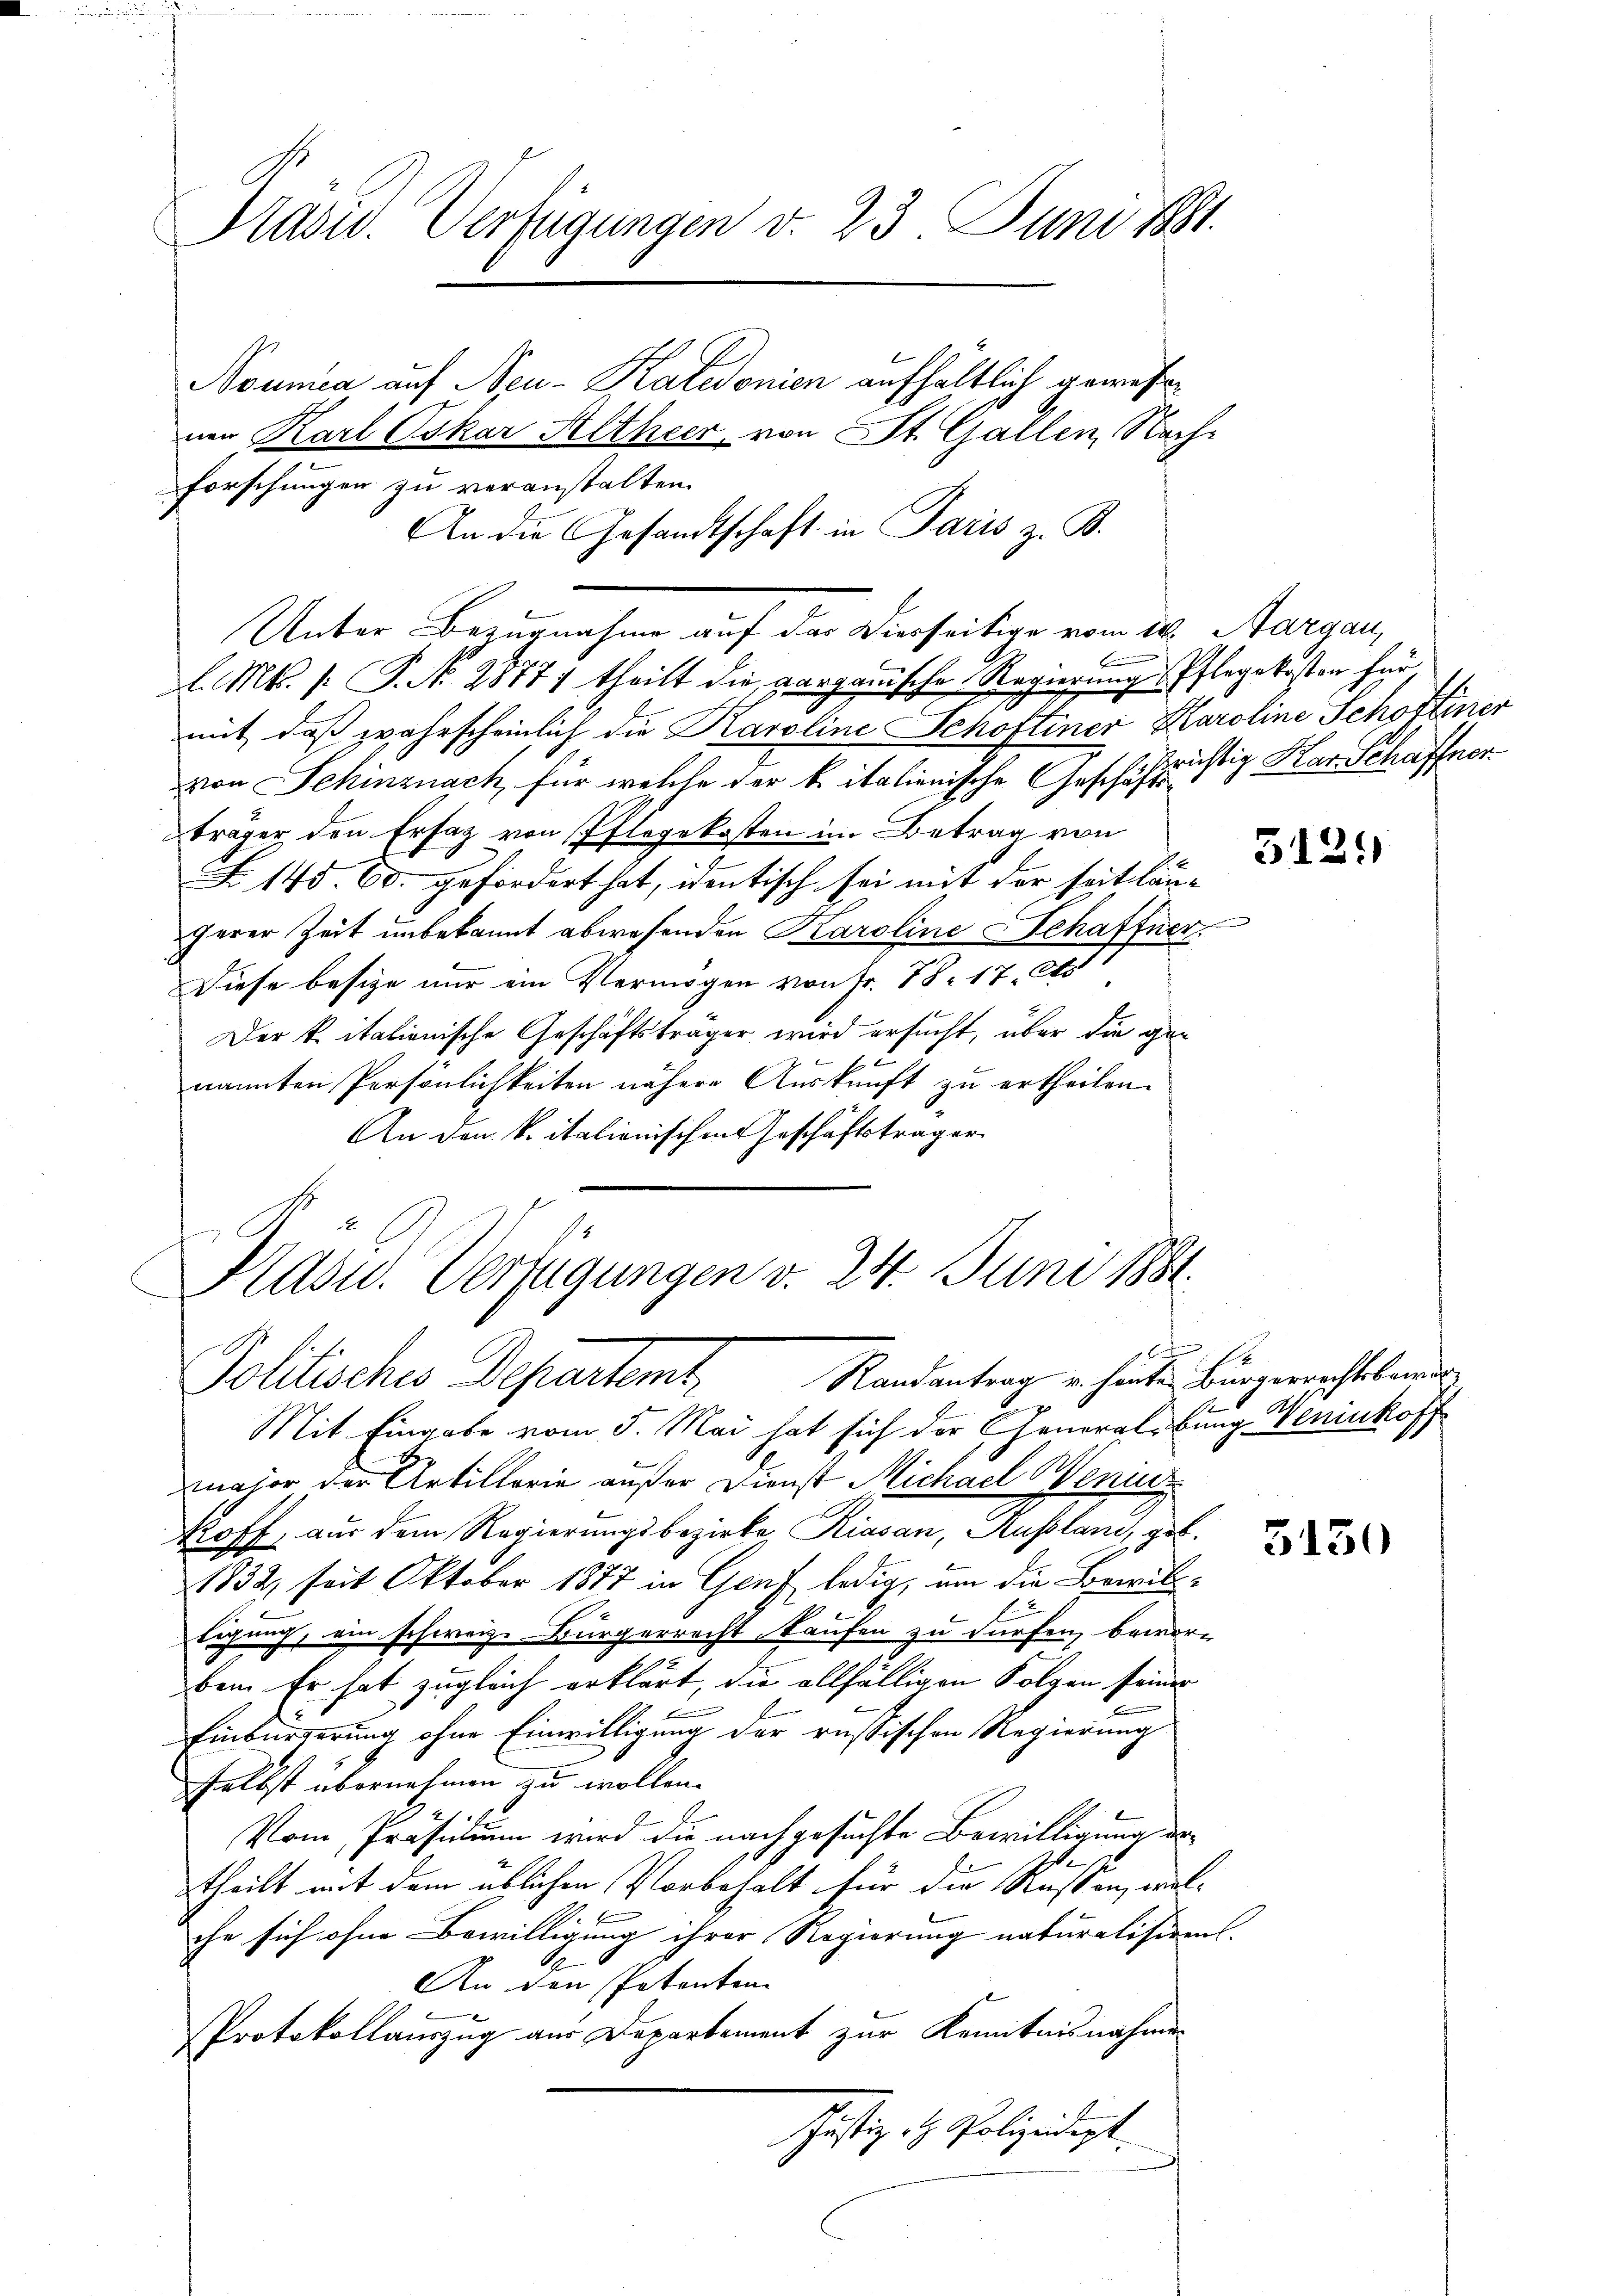
Präsid. Verfügungen d. 23. Juni 1881.

Nounica auf Neu- Katedonien aufhältlich gewesen
nen Karl Oskar Altheer von St. Gallen, Nach-
forschungen zu veranstalten.
An die Gesandtschaft in Paris z. B.
Unter Bezugnahme auf das Dierseitige vom 18. Aargau,
F
l. Mts. [ P. No. 2877) theilt die aarganische Regierung Pflegekosten für
mit, daß zwahrscheinlich die Karoline Schoftiner Karoline Schöffener
von Schinznach, für welche der k. italienische Geschäftrichtig Kar Schaffner
träger den Ersatz von Pflegekosten im Betrag von
F. 145 60. gefördert hat, wentisch sei mit der seit länherer Zeit unbekannt abwesenden Karoline Schaffner
Diese besize nur ein Vermögen von Fr. 78. 17. A
Der k. italienische Geschäftsträger wird ersucht, über die genannten Persönlichkeiten nähere Auskunft zu ertheilen.
An den k. italienischen Geschäftsträger
Kasu. Verfügungen v. 24. Juni 1881.
d
1
Politisches Departemt. Randentrag in hanten Bürgerichtsbei¬
Mit Eingabe vom 5. Mai hat sich der Generalbung. Weninkoff
major der Artillerie außer Dienst Michael Wenins
Koff, aus dem Regierungsbezirke, Riasan, Russland, geb.
1832, seit Oktober 1877 in Genf ledig, um die Bewiltigung, ein schweiz. Bürgerrecht kaufen zu dürfen, bewor-
ben. Er hat zugleich erklärt, die allfälligen Folgen seiner
Einbürgerung ohne Einwilligung der russischen Regierung
selbst übernehmen zu wollen.
Vom Präsidium wird die nachgesuchte Bewilligung des
s
theilt mit dem üblichen Vorbehalt für die Resten, wel¬
. E
che sich ohne Bewilligung ihrer Regierung naturalisirens.
An den Petenten
Protokollauszug aus Departement zur Kenntnisnahmen
Justiz als Polizeidigt.

3125)

5150